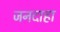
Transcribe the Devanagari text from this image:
जनदाहा